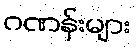
ဂဏန်းများ